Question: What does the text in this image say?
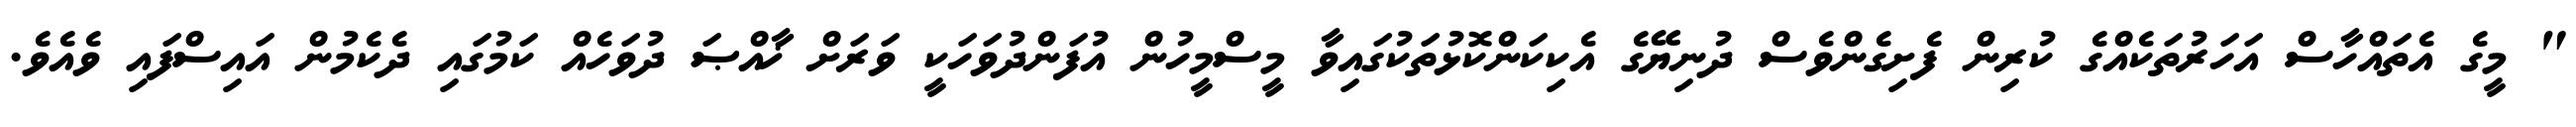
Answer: " މީގެ އެތައްހާސް އަހަރުތަކެއްގެ ކުރިން ފެށިގެންވެސް ދުނިޔޭގެ އެކިކަންކޮޅުތަކުގައިވާ މީސްމީހުން އުފަންދުވަހަކީ ވަރަށް ޚާއްޞަ ދުވަހެއް ކަމުގައި ދެކެމުން އައިސްފައި ވެއެވެ.